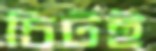
চিটই